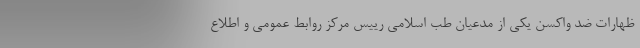
ظهارات ضد واکسن یکی از مدعیان طب اسلامی رییس مرکز روابط عمومی و اطلاع